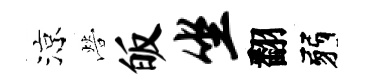
涼營皈坐翻弱